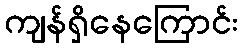
ကျန်ရှိနေကြောင်း